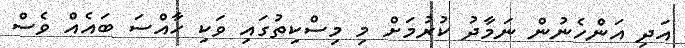
އަދި އަންހެނުން ނަމާދު ކުރުމަށް މި މިސްކިތުގައި ވަކި ހާއްސަ ބައެއް ވެސް